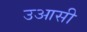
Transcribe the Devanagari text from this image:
उआसी